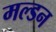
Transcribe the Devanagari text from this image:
मल्‍डन